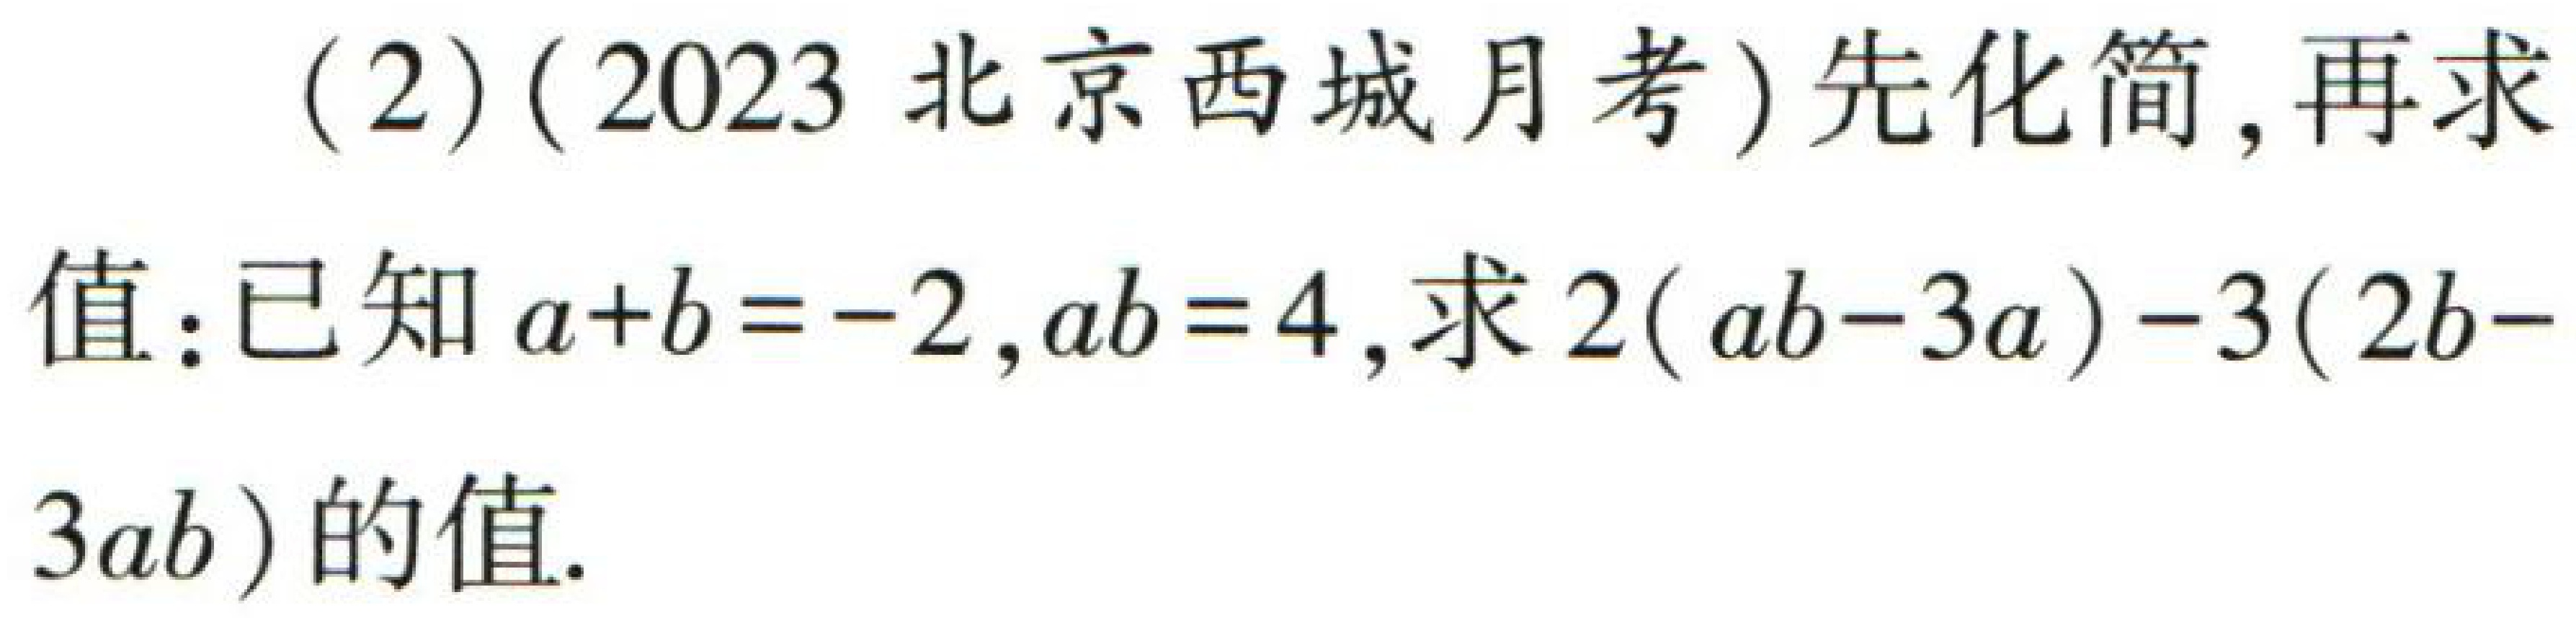
(2) (2023 北京西城月考) 先化简, 再求值：已知\(a + b = - 2\)，\(ab = 4\)，求\(2(ab - 3a)-3(2b - 3ab)\)的值.